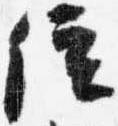
位